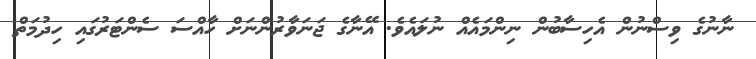
ނާނުގެ ވިސްނުން އެހިސާބުން ނިންމައެއް ނުލައެވެ. އޭނާގެ ޖަނަވާރުންނަށް ހާއްސަ ސެންޓަރުގައި ހިދުމަތް